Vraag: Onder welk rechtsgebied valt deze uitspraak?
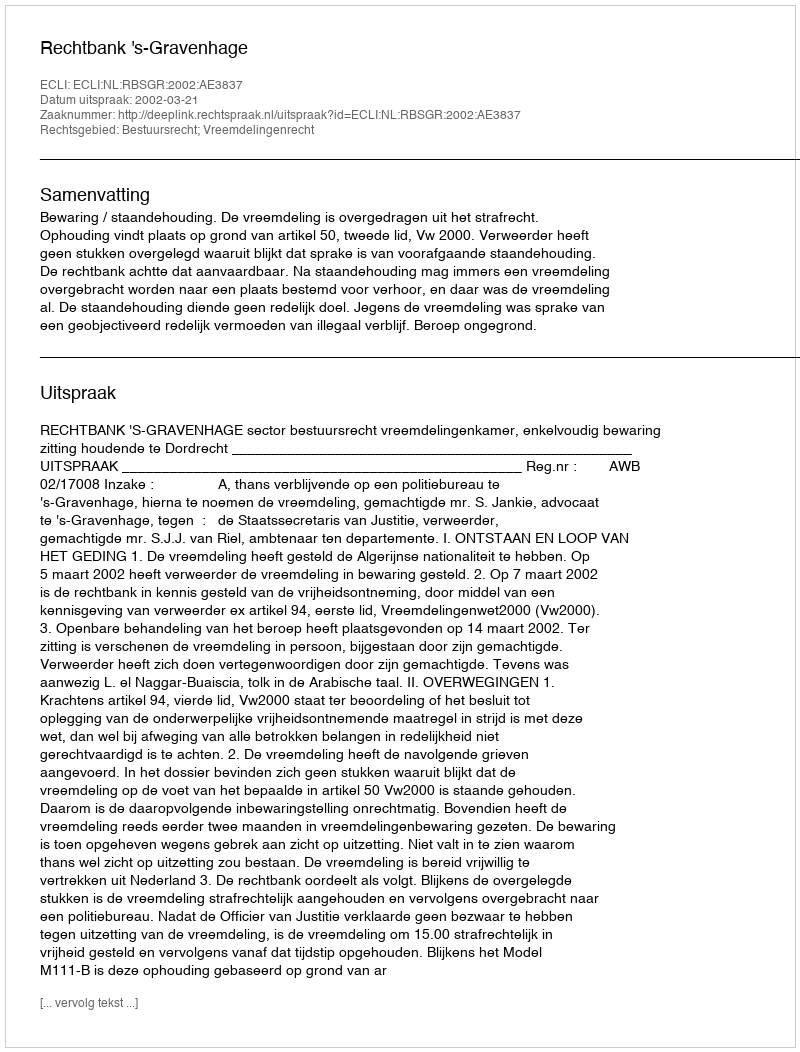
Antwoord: Bestuursrecht; Vreemdelingenrecht